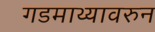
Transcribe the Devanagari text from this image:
गडमाथ्यावरुन